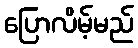
ပြောလိမ့်မည်